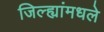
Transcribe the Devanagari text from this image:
जिल्ह्यांमधले